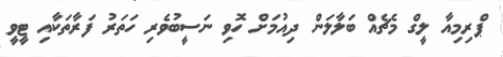
ޕްރިމިއާ ލީގް މެޗެއް ބަލާލަން ދިއުމަށް ހޮވި ނަސީބުވެރި ހަތަރު ފަރާތަކާއި ޓީވީ